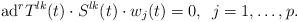
LaTeX: \begin{gather*}\mbox{ad}^{r}T^{lk}(t)\cdot S^{lk}(t)\cdot w_{j}(t)=0,\,\,\,j=1,\dots,p.\end{gather*}